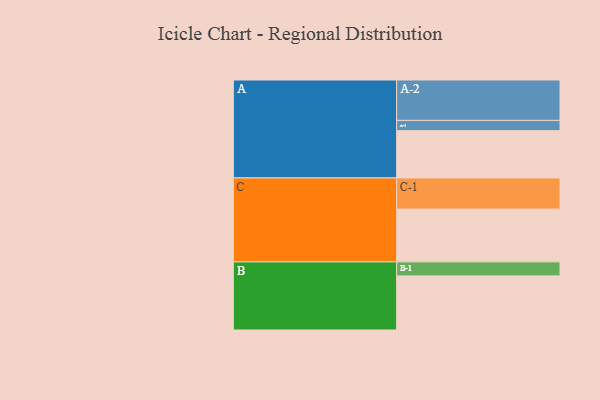
{"axis": {"x": "Segment", "y": "Value"}, "legend": ["", "A", "B", "C"], "data": [{"x": "A", "y": 344, "type": ""}, {"x": "B", "y": 394, "type": ""}, {"x": "C", "y": 384, "type": ""}, {"x": "A-1", "y": 75, "type": "A"}, {"x": "A-2", "y": 294, "type": "A"}, {"x": "B-1", "y": 102, "type": "B"}, {"x": "C-1", "y": 227, "type": "C"}]}